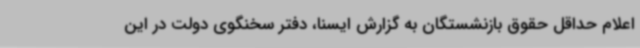
اعلام حداقل حقوق بازنشستگان به گزارش ایسنا، دفتر سخنگوی دولت در این